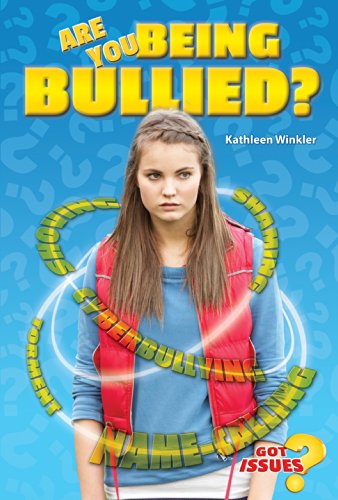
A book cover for Are You Being Bullied? (Got Issues?); Kathleen Winkler; Teen & Young Adult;